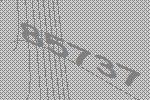
85737